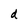
Character: d